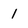
Character: 1